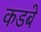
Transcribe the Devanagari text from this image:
कडबे